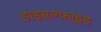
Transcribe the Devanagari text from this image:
डाइसल्फ़ाइ़ड